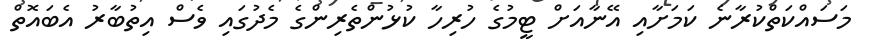
މަސައްކަތްކުރާނެ ކަމަށާއި އޭނާއަށް ޓީމުގެ ހުރިހާ ކުޅުންތެރިންގެ މެދުގައި ވެސް އިތުބާރު އެބައޮތް